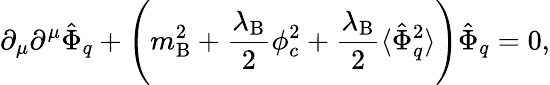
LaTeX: \partial_{\mu}\partial^{\mu}\hat{\Phi}_{q}+\Biggl(m_{\mathrm{B}}^{2}+\frac{\lambda_{\mathrm{B}}}{2}\phi_{c}^{2}+\frac{\lambda_{\mathrm{B}}}{2}\langle\hat{\Phi}_{q}^{2}\rangle\Biggr)\hat{\Phi}_{q}=0,